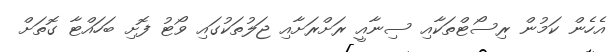
އެހެން ކަމުން ރިސޯޓްތަކާއި ސިނާއީ ރަށްރަށާއި ޖަލުތަކުގައި ވޯޓު ފޮށި ބަހައްޓާ ގޮތަށް